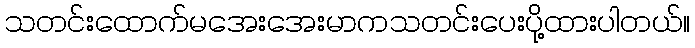
သတင်းထောက်မအေးအေးမာကသတင်းပေးပို့ထားပါတယ်။